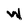
Character: W